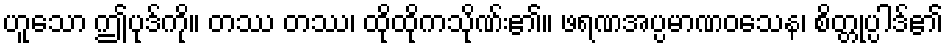
ဟူသော ဤပုဒ်ကို။ တဿ တဿ၊ ထိုထိုကသိုဏ်း၏။ ဖရဏအပ္ပမာဏဝသေန၊ စိတ္တုပ္ပါဒ်၏